Annual report on the working of the Harcourt Butler Institute of Public Health, Rangoon
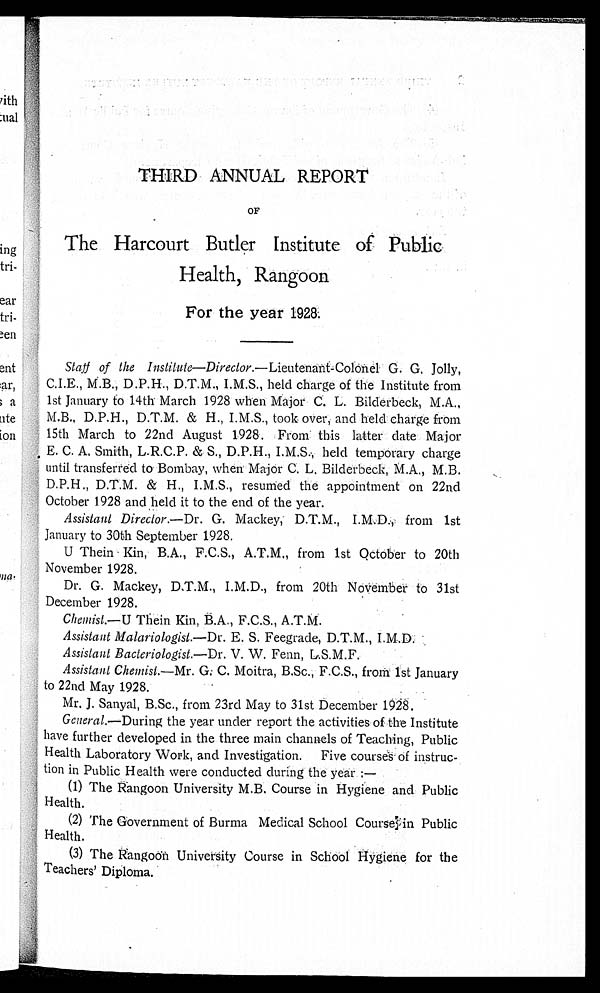
THIRD ANNUAL REPORT
OF
•
The Harcourt Butler Institute of Public
Health, Rangoon
For the year 1928.
Staff of the Institute—Director .—Lieutenant-Colonel G. G. Jolly,
C.I.E., M.B., D.P.H., D.T.M., I.M.S., held charge of the Institute from
1st January to 14th March 1928 when Major C. L. Bilderbeck, M.A.,
M.B., D.P.H., D.T.M. & H., I.M.S., took over, and held charge from
15th March to 22nd August 1928. From this latter date Major
E. C. A. Smith, L.R.C.P. & S., D.P.H., I.M.S., held temporary charge
until transferred to Bombay, when Major C. L. Bilderbeck, M.A., M.B.
D.P.H., D.T.M. & H., I.M.S., resumed the appointment on 22nd
October 1928 and held it to the end of the year.
Assistant Director .—Dr. G. Mackey, D.T.M., I.M.D., from 1st
January to 30th September 1928.
U Thein Kin, B.A., F.C.S., A.T.M., from 1st October to 20th
November 1928.
Dr. G. Mackey, D.T.M., I.M.D., from 20th November to 31st
December 1928.
Chemist.—U Mein Kin, B.A., F.C.S., A.T.M.
Assistant Malariologist .—Dr. E. S. Feegrade, D.T.M., I.M.D.
Assistant Bacteriologist .—Dr. V. W. Fenn, L.S.M.F.
Assistant Chemist .—Mr. G: C. Moitra, B.Sc., F.C.S., from 1st January
to 22nd May 1928.
Mr. J. Sanyal, B.Sc., from 23rd May to 31st December 1928.
General .—During the year under report the activities of the Institute
have further developed in the three main channels of Teaching, Public
Health Laboratory Work, and Investigation. Five courses of instruc
-tion in Public Health were conducted during the year :—
(1) The Rangoon University M.B. Course in Hygiene and Public
Health.
(2) The Government of Burma Medical School Course in Public
Health.
(3) The Rangoon University Course in School Hygiene for the
Teachers' Diploma.